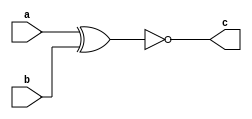
// -------------------------
// Nome: Pedro Henrique Hardeman Guedes
// -------------------------
// -------------------------
// -- xnor gate
// -------------------------
module orgate ( output c,
                            input  a, b);
assign c = ~(a^b);
endmodule // norgate
// ---------------------
// -- test nor gate
// ---------------------
module testnorgate;
// ------------------------- dados locais
   reg   a, b; // definir registradores
wire  s;    // definir conexao (fio)
// ------------------------- instancia
   orgate NOR1 (s, a, b);
// ------------------------- preparacao
   initial begin:start
                   // atribuicao simultanea
// dos valores iniciais
      a=0; b=0;
   end// ------------------------- parte principal
   initial begin
      $display("Exercicio2 - Pedro Henrique Hardeman Guedes - 397260");
      $display("Test NOR gate");
$display("\na & b = s\n");
      a=0; b=0;
  #1  $display("%b & %b = %b", a, b, s);
      a=0; b=1;
  #1  $display("%b & %b = %b", a, b, s);
      a=1; b=0;
  #1  $display("%b & %b = %b", a, b, s);
      a=1; b=1;
  #1  $display("%b & %b = %b", a, b, s);
end
endmodule // testorgate4